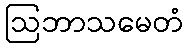
ဩဘာသမေတံ